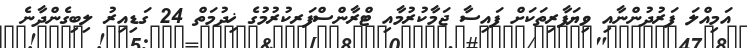
އަމިއްލަ ފަރުދުންނާއި ވިޔަފާރިތަކަށް ފައިސާ ޖަމާކުރުމާއި ޓްރާންސްފަރކުރުމުގެ ޚިދުމަތް 24 ގަޑިއިރު ލިބިގެންދާނެ